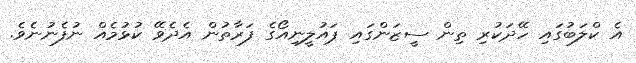
އެ ކްލަބުގައި ހޭދަކުރި ތިން ސީޒަންގައި ޕައުލީނިއޯގެ ފަރާތުން އެދެވޭ ކުޅުމެއް ނުފެނުނެވެ.